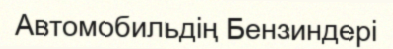
Автомобильдің Бензиндері